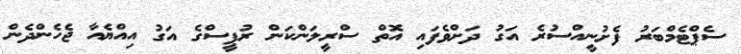
ސެޕްޓެމްބަރު ފެށުނީއްސުރެ އަގު ދަށްވެފައި އޮތް ސްރީލަންކަން ރުޕީސްގެ އަގު އިއްޔެއާ ޖެހެންދެން